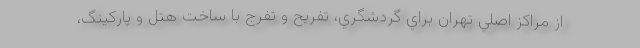
از مراكز اصلي تهران براي گردشگري، تفريح و تفرج با ساخت هتل و پاركينگ،